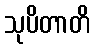
သုပိတာတိ